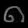
Digit: ၈